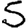
Digit: 5